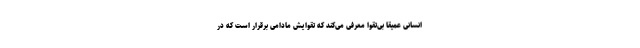
انسانی عمیقا بی‌تقوا معرفی می‌کند که تقوایش مادامی برقرار است که در